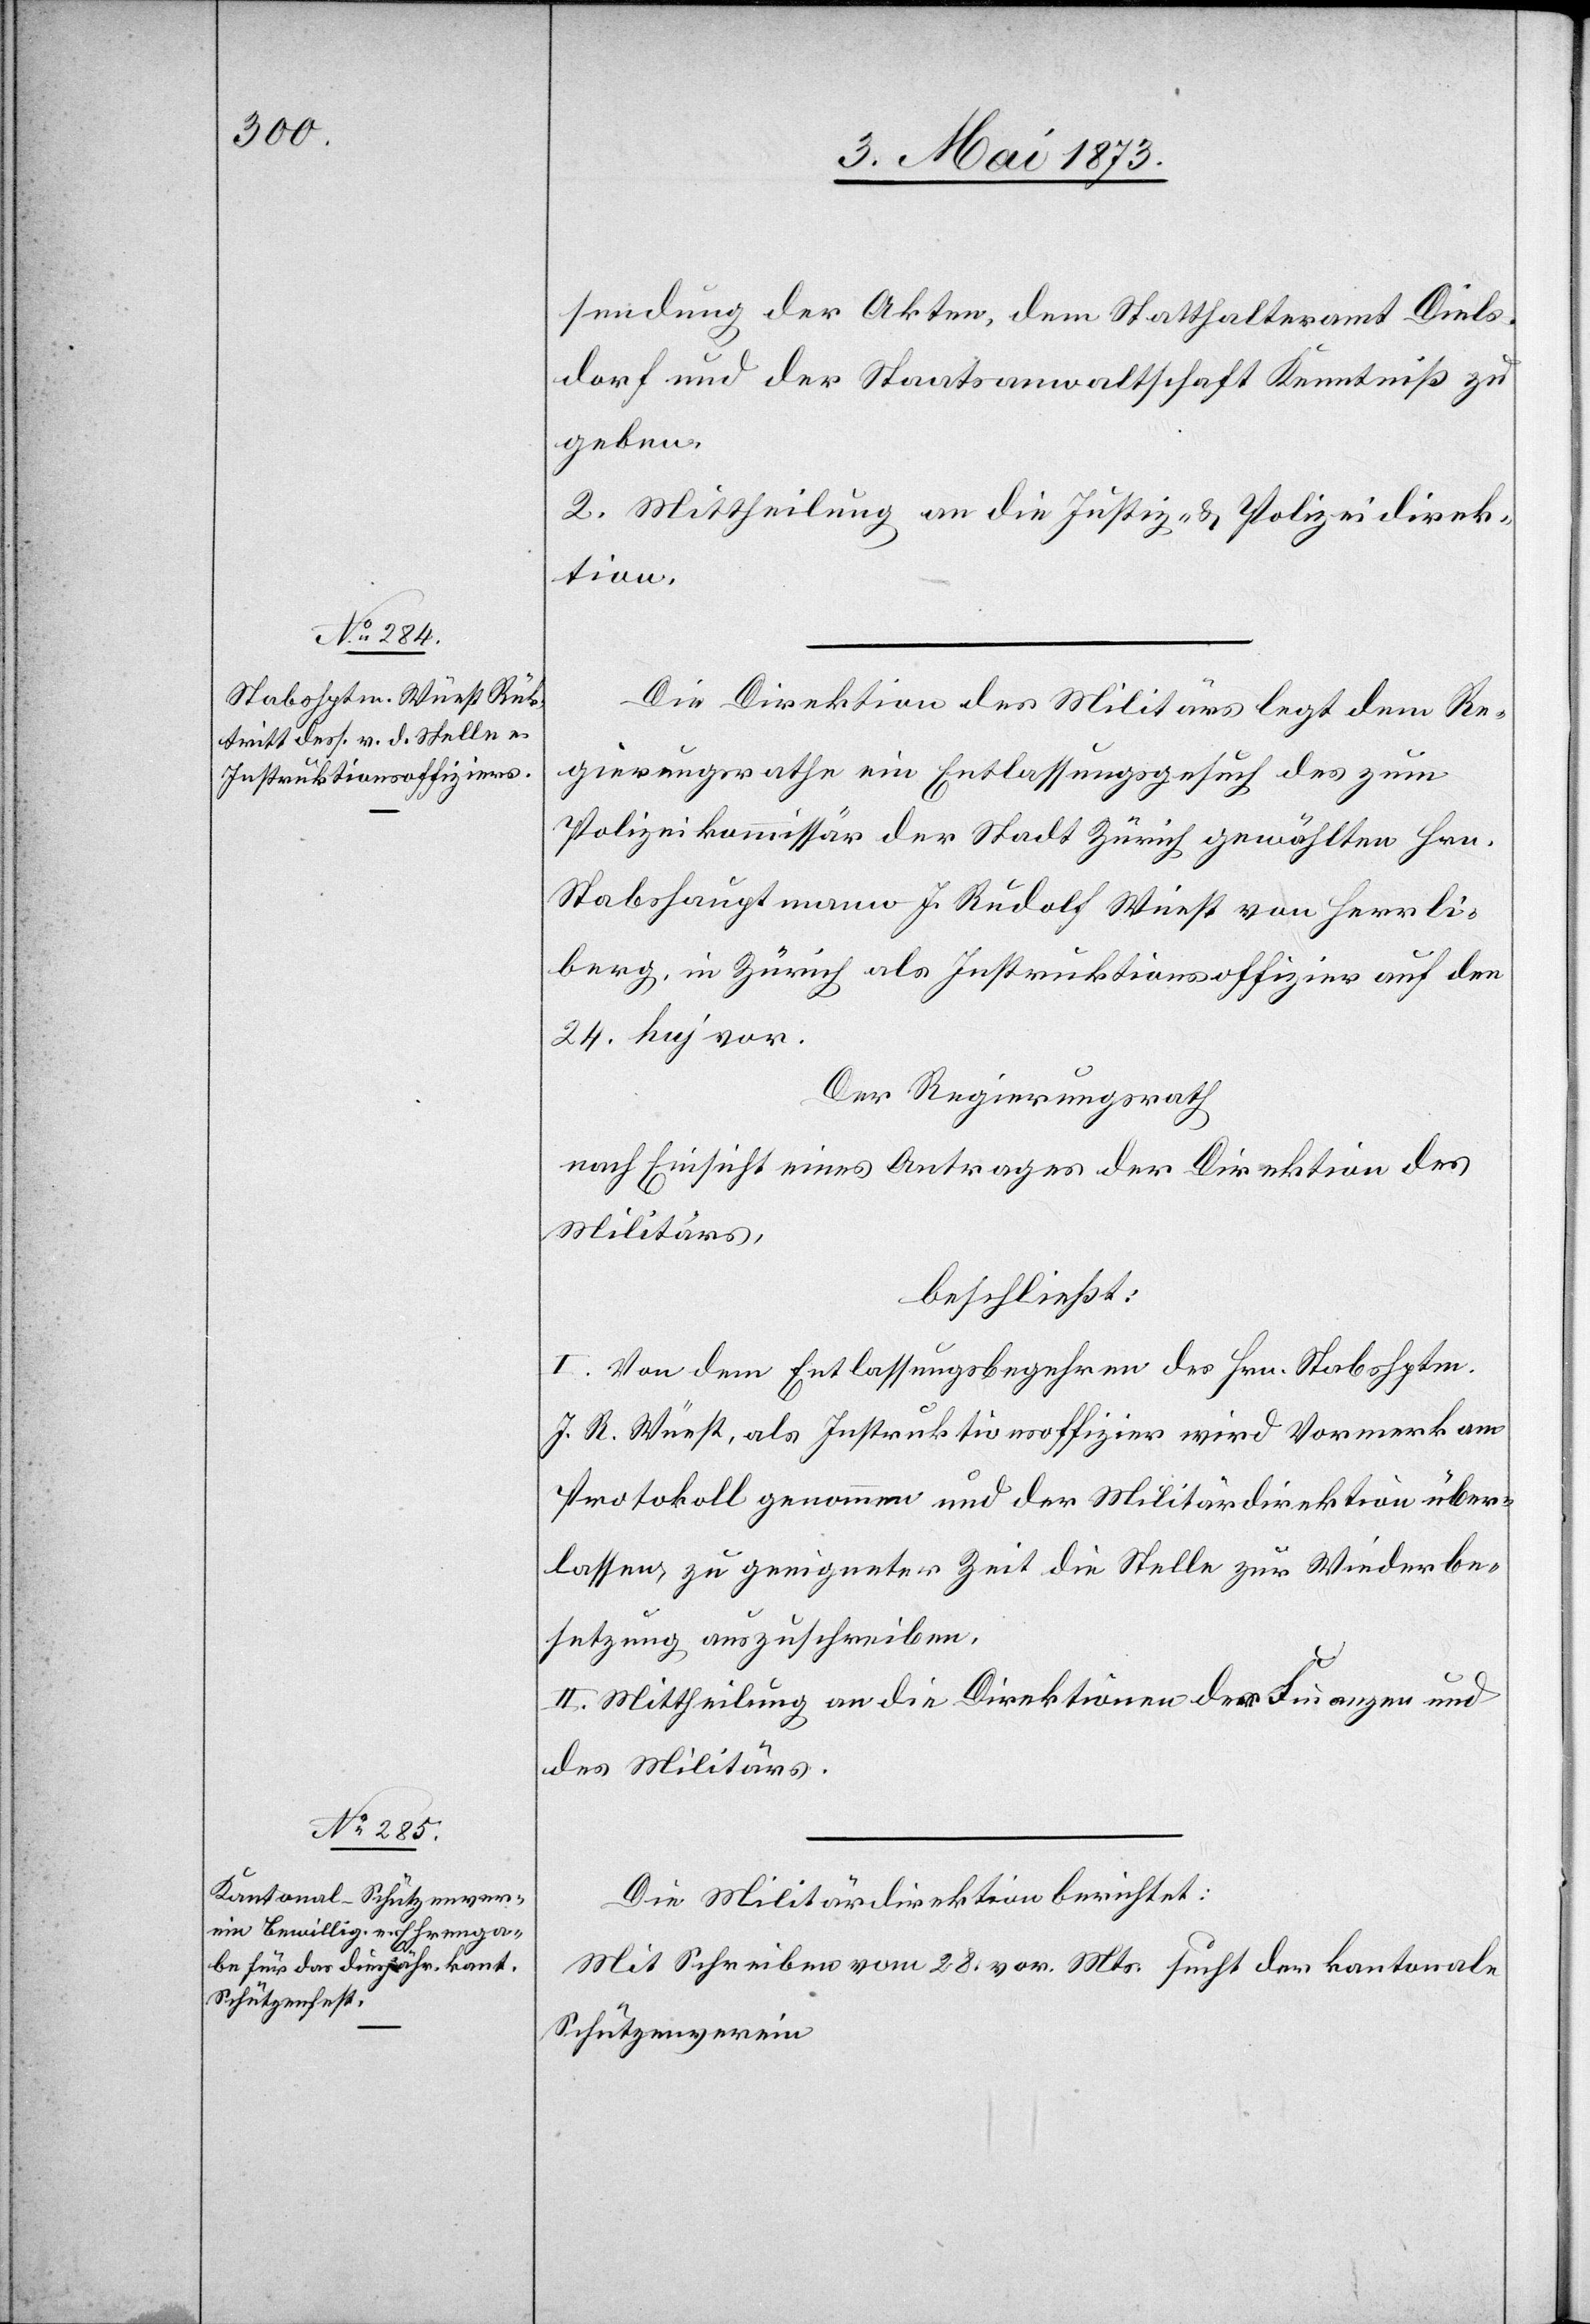
sendung der Akten, dem Statthalteramt Diels¬
dorf und der Staatsanwaltschaft Kenntniß zu
geben.
2. Mittheilung an die Justiz- & Polizeidirek¬
tion.
Die Direktion des Militärs legt dem Re¬
gierungsrathe ein Entlassungsgesuch des zum
Polizeikommissär der Stadt Zürich gewählten Hrn.
Stabshauptmann J. Rudolf Wüest von Herrli¬
berg, in Zürich als Instruktionsoffizier auf den
24. huj vor.
Der Regierungsrath
nach Einsicht eines Antrages der Direktion des
Militärs,
beschließt:
I. Von dem Entlassungsbegehren des Hrn. Stabshptm.
J. R. Wüest, als Instruktionsoffizier wird Vormerk am
Protokoll genommen und der Militärdirektion über¬
lassen, zu geeigneter Zeit die Stelle zur Wiederbe¬
setzung auszuschreiben.
II. Mittheilung an die Direktion der Finanzen und
des Militärs.
Die Militärdirektion berichtet:
Mit Schreiben vom 28. vor. Mts. sucht der kantonale
Schützenverein